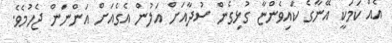
އެއް ކަމަކީ އޭނާގެ ކައިވެންޏާ ގުޅިގެން ސުދާއަށް އަލުން އެގެއަށް އަންނަން ޖެހުމެވެ.